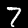
Digit: 7